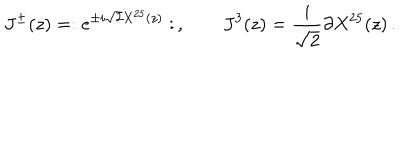
J ^ { \pm } ( z ) = : e ^ { \pm i \sqrt { 2 } X ^ { 2 5 } ( z ) } : \, , \qquad J ^ { 3 } ( z ) = \frac { i } { \sqrt { 2 } } \partial X ^ { 2 5 } ( z ) \, .